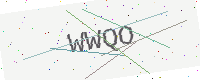
Text: WWQO